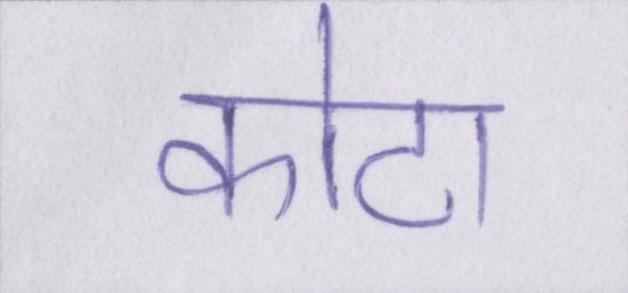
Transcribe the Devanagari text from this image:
कोटा